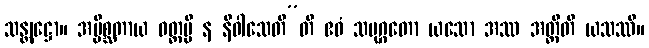
သန္တုဋ္ဌော။ အပ္ပိစ္ဆတာယ ဝတ္ထမ္ပိ န နိဝါသေတီ”တိ ဧဝံ သမုဂ္ဂတော ယသော အဿ အတ္ထီတိ ယသဿီ။